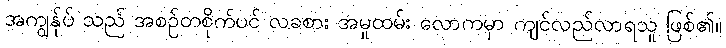
အကျွန်ုပ် သည် အစဉ်တစိုက်ပင် လခစား အမှုထမ်း လောကမှာ ကျင်လည်လာရသူ ဖြစ်၏။